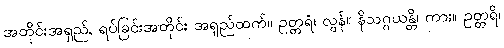
အတိုင်းအရှည်, ရပ်ခြင်းအတိုင်း အရှည်ထက်။ ဥတ္တရံ၊ လွန်။ နိသဂ္ဂယန္တိ၊ ကား။ ဥတ္တရိ၊